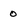
Character: 0